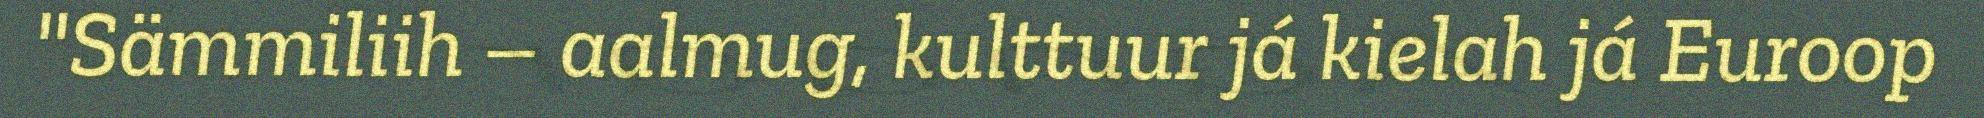
"Sämmiliih – aalmug, kulttuur já kielah já Euroop